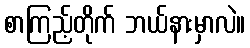
စာကြည့်တိုက် ဘယ်နားမှာလဲ။